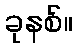
ခုနစ်။